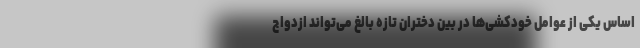
اساس یکی از عوامل خودکشی‌ها در بین دختران تازه بالغ می‌تواند ازدواج